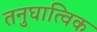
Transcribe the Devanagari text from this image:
तनुघात्विक